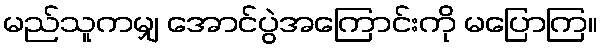
မည်သူကမျှ အောင်ပွဲအကြောင်းကို မပြောကြ။